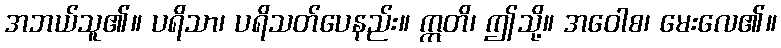
အဘယ်သူ၏။ ပရိသာ၊ ပရိသတ်ပေနည်း။ ဣတိ၊ ဤသို့။ အဝေါစ၊ မေးလေ၏။